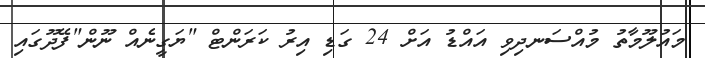
މައުލޫމާތު މުއްސަނދިވި އައްޑު އަށް 24 ގަޑި އިރު ކަރަންޓް "ޔަގީނެއް ނޫން"ފޭދޫގައި